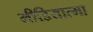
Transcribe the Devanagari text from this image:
मीडियात्मा